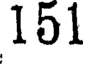
151